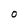
Character: O